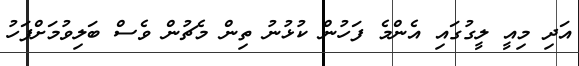
އަދި މިއީ ލީގުގައި އެންމެ ފަހުން ކުޅުނު ތިން މެޗުން ވެސް ބަލިވުމަށްފަހު